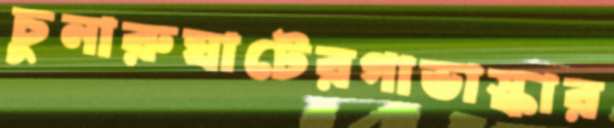
চুনারুঘাটেরগাভাস্কার